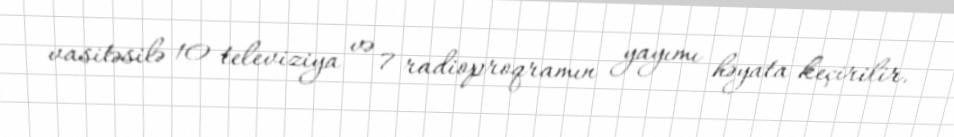
vasitəsilə 10 televiziya və 7 radioproqramın yayımı həyata keçirilir.